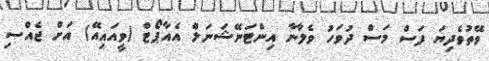
ވޭތުވެދިޔަ ފަސް މަސް ދުވަހު ވެލާނާ އިންޓަނޭޝަނަލް އެއާޕޯޓް (ވީއައިއޭ) އަށް ޖެއްސި